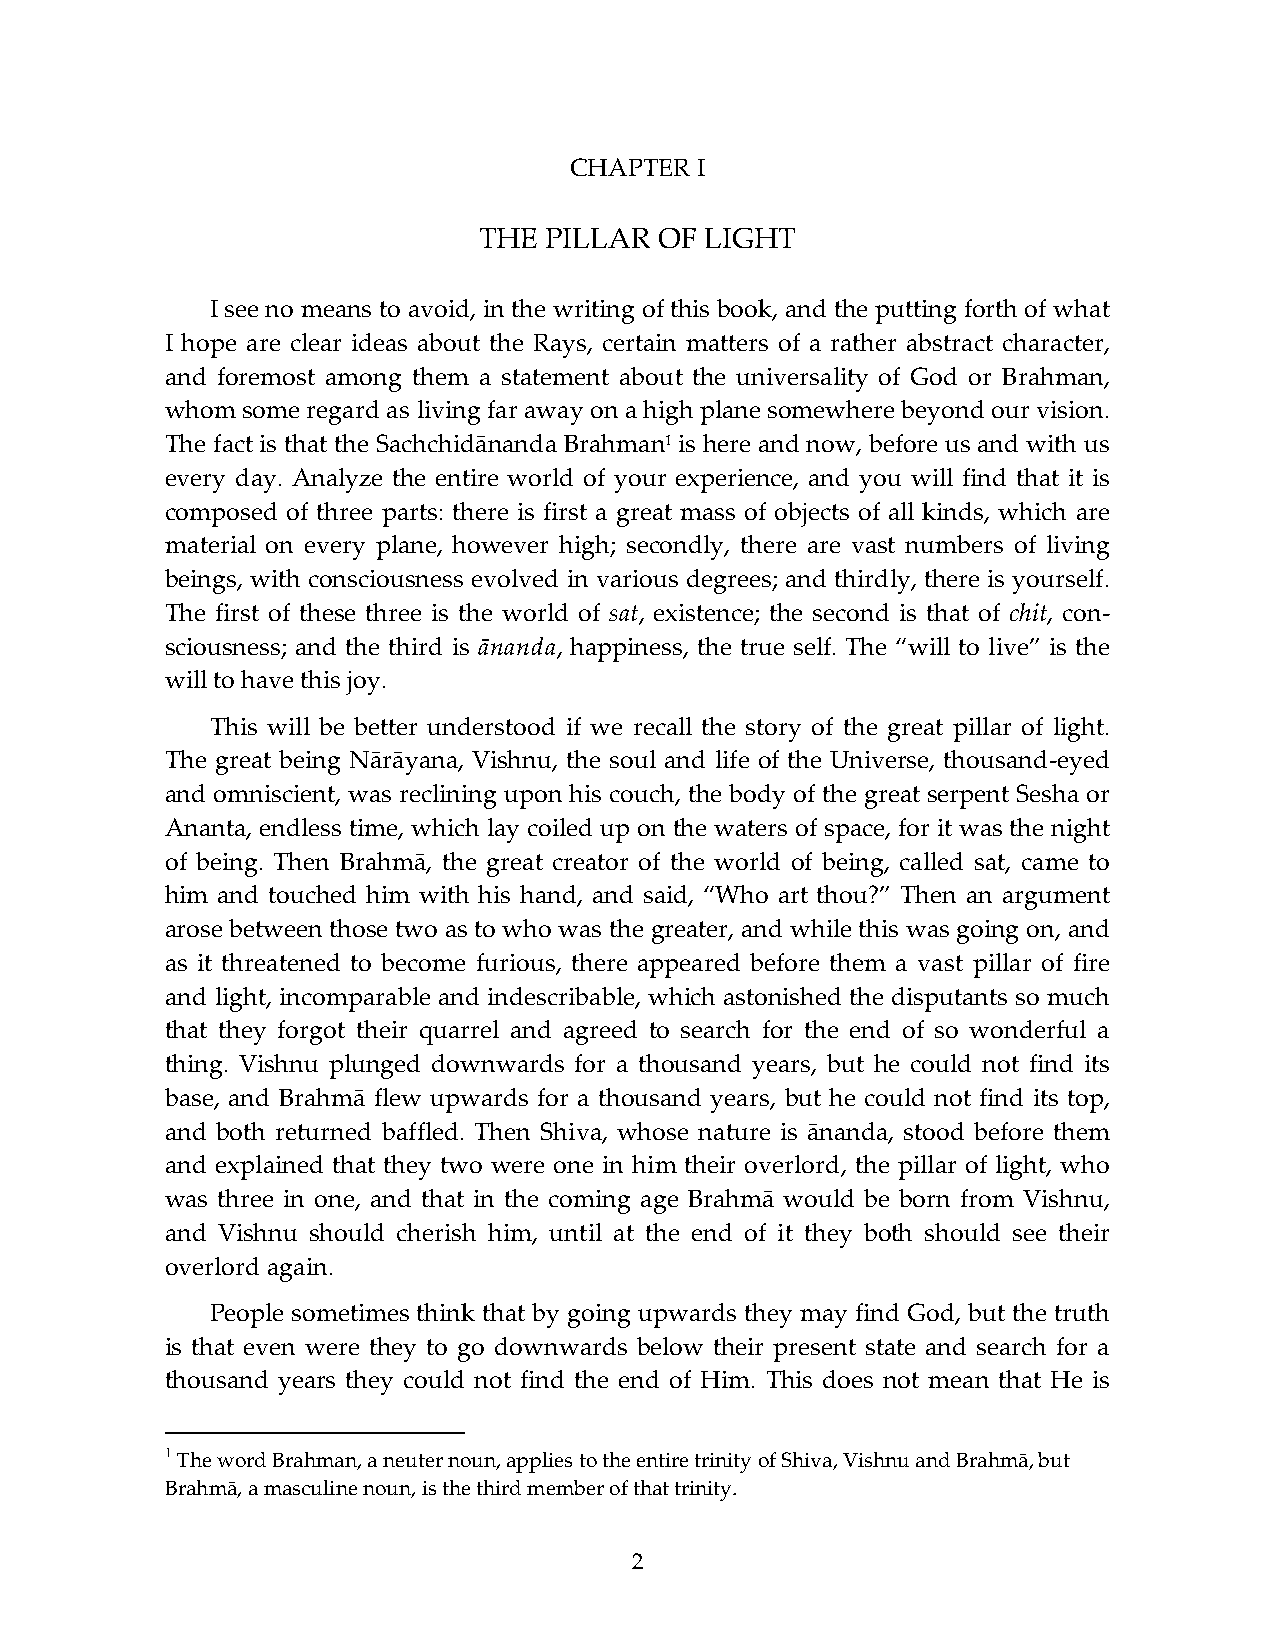
CHAPTER I
 THE PILLAR  OF LIGHT
 I see no means to avoid, in the writing of this book, and the putting forth of what
 I hope are clear ideas about the Rays, certain matters of a rather abstract character,
 and foremost among them a statement about the universality of God or Brahman,
 whom some regard as living far away on a high plane somewhere beyond our vision.
 The fact is that the Sachchidānanda Brahman1 is here and now, before us and with us
 every day. Analyze the entire world of your experience, and you will find that it is
 composed of three parts: there is first a great mass of objects of all kinds, which are
 material on every plane, however high; secondly, there are vast numbers of living
 beings, with consciousness evolved in various degrees; and thirdly, there is yourself.
 The first of these three is the world of sat, existence; the second is that of chit, con-
 sciousness; and the third is ānanda, happiness, the true self. The “will to live” is the
 will to have this joy.
 This will be better understood if we recall the story of the great pillar of light.
 The great being Nārāyana, Vishnu, the soul and life of the Universe, thousand-eyed
 and omniscient, was reclining upon his couch, the body of the great serpent Sesha or
 Ananta, endless time, which lay coiled up on the waters of space, for it was the night
 of being. Then Brahmā, the great creator of the world of being, called sat, came to
 him and touched him with his hand, and said, “Who art thou?” Then an argument
 arose between those two as to who was the greater, and while this was going on, and
 as it threatened to become furious, there appeared before them a vast pillar of fire
 and light, incomparable and indescribable, which astonished the disputants so much
 that they forgot their quarrel and agreed to search for the end of so wonderful a
 thing. Vishnu plunged downwards for a thousand years, but he could not find its
 base, and Brahmā flew upwards for a thousand years, but he could not find its top,
 and both returned baffled. Then Shiva, whose nature is ānanda, stood before them
 and explained that they two were one in him their overlord, the pillar of light, who
 was three in one, and that in the coming age Brahmā would be born from Vishnu,
 and Vishnu should cherish him, until at the end of it they both should see their
 overlord again.
 People sometimes think that by going upwards they may find God, but the truth
 is that even were they to go downwards below their present state and search for a
 thousand years they could not find the end of Him. This does not mean that He is
 1 The word Brahman, a neuter noun, applies to the entire trinity of Shiva, Vishnu and Brahmā, but
 Brahmā, a masculine noun, is the third member of that trinity.
 2